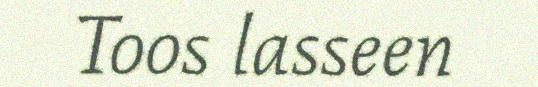
Toos lasseen